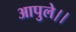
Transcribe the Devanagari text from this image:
आपुले।।